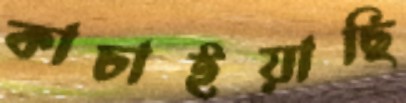
কাচাইয়াছি